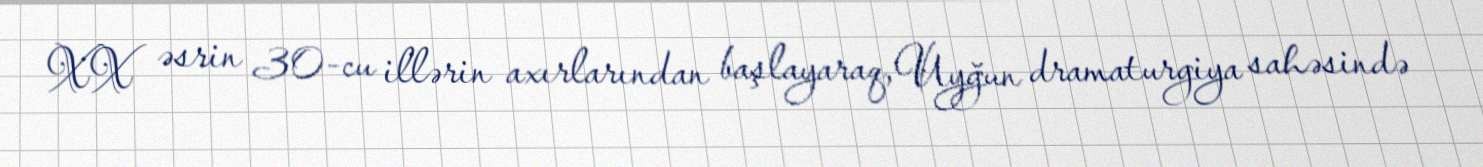
XX əsrin 30-cu illərin axırlarından başlayaraq, Uyğun dramaturgiya sahəsində